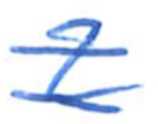
Text: 2
Cross-out: mix
Writing tool: ballpoint